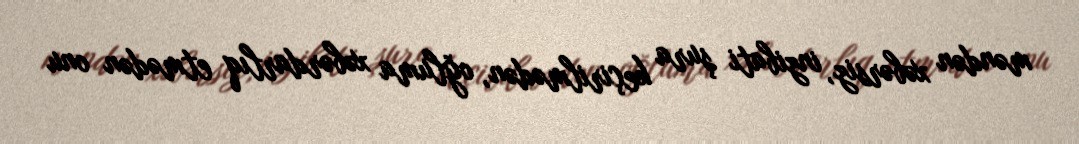
məndən xəbərsiz, inzibati şura keçirilmədən, oğluma xəbərdarlıq etmədən onu